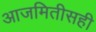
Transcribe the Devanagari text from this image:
आजमितीसही